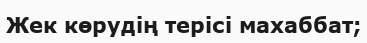
Жек көрудің терісі махаббат;